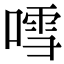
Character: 𠽌